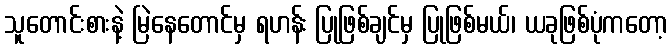
သူတောင်းစားနဲ့ မြဲနေတောင်မှ ရဟန်း ပြုဖြစ်ချင်မှ ပြုဖြစ်မယ်၊ ယခုဖြစ်ပုံကတော့